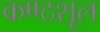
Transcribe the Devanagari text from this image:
कण्ठशूल